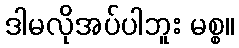
ဒါမလိုအပ်ပါဘူး မစ္စ။